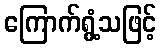
ကြောက်ရွံ့သဖြင့်